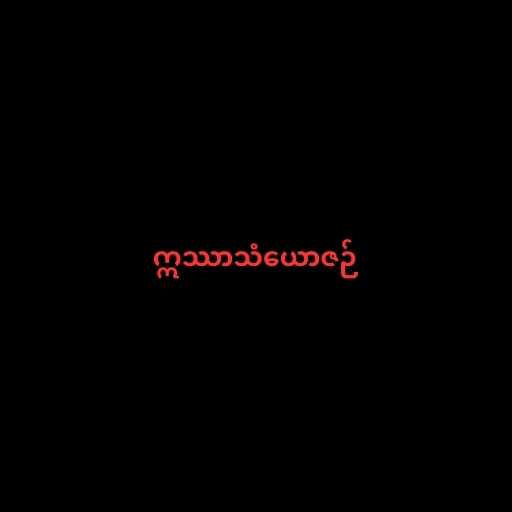
ဣဿာသံယောဇဉ်